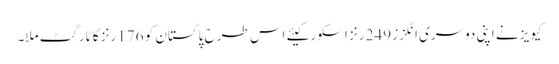
کیویز نے اپنی دوسری انگزز 249 رنز اسکور کیئے اس طرح پاکستان کو 176 رنز کا ٹارگٹ ملا۔